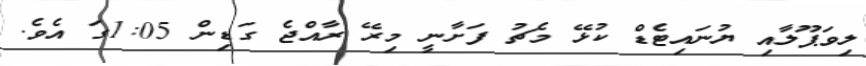
ލިވަޕޫލާއި ޔުނައިޓެޑް ކުޅޭ މެޗު ފަށާނީ މިރޭ ރާއްޖެ ގަޑިން 1:05ގަ އެވެ.